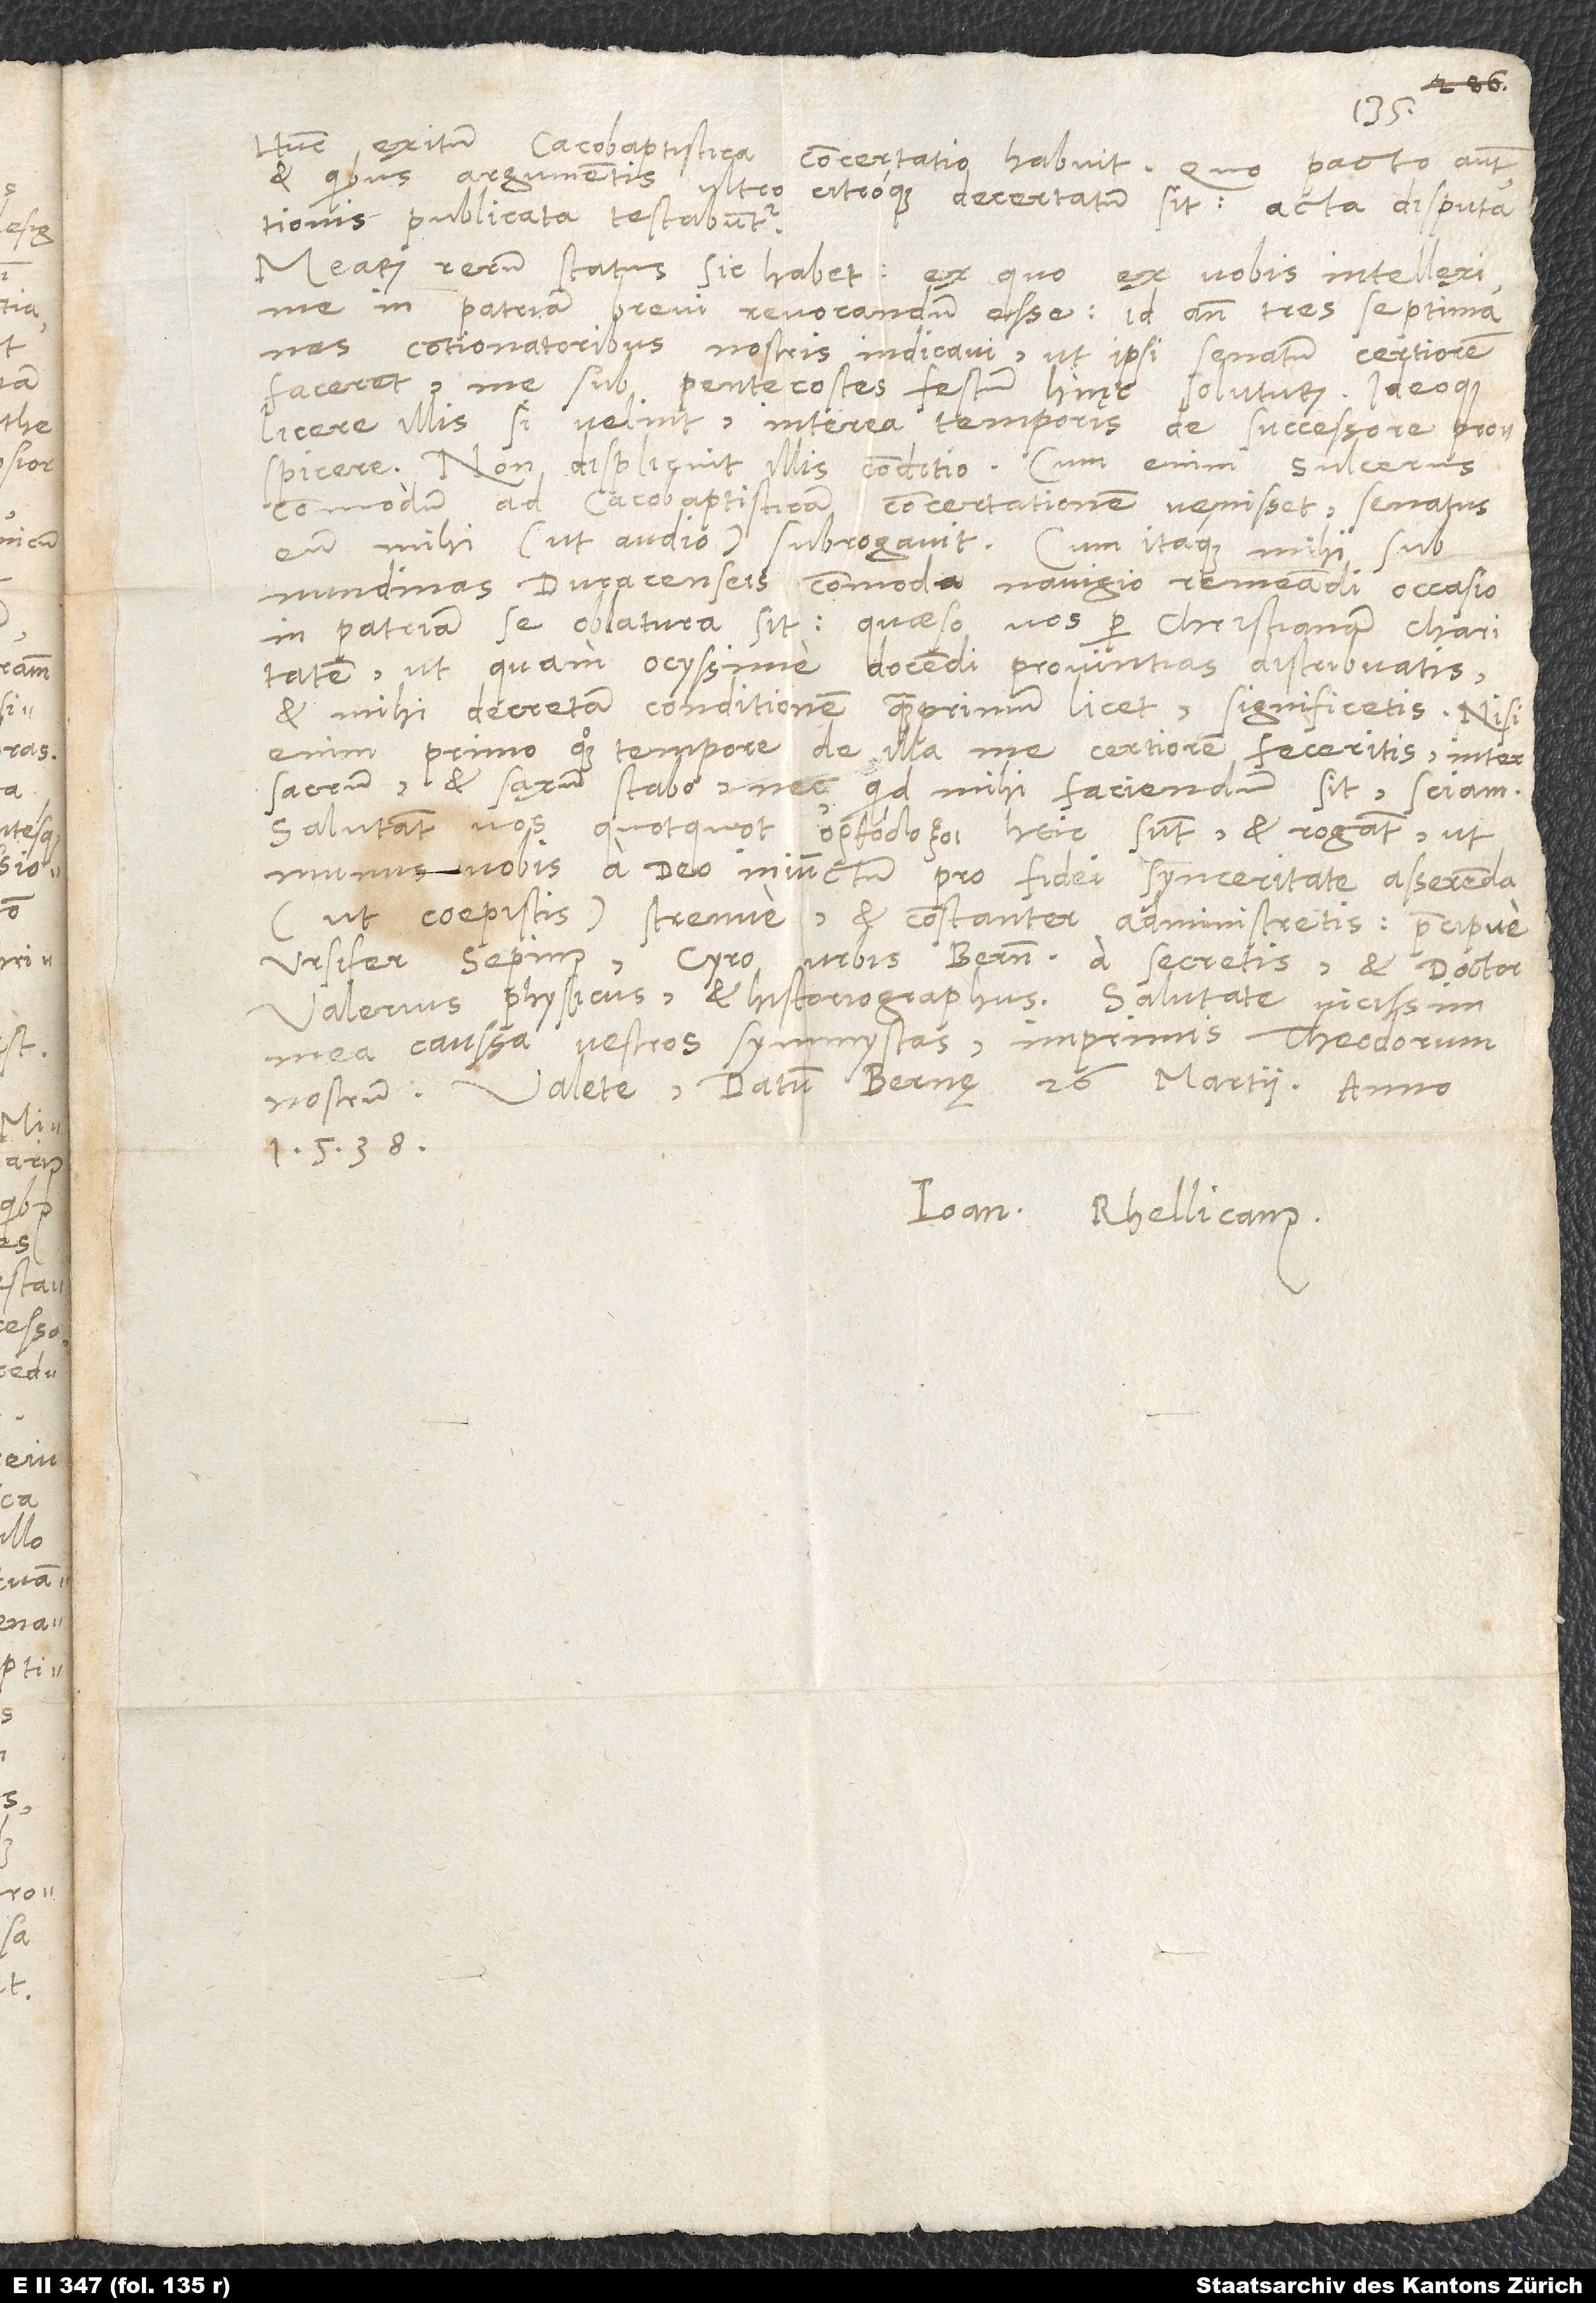
Hunc exitum cacobaptistica concertatio habuit. Quo pacto autem
et quibus argumentis ultro citroque decertatum sit, acta disputationis
publicata testabuntur.
Mearum rerum status sic habet: Ex quo ex vobis intellexi
me in patriam brevi revocandum esse, id ante tres septimanas
contionatoribus nostris indicavi, ut ipsi senatum certiorem
facerent me sub pentecostes festum hinc soluturum. Ideoque
licere illis, si velint, interea temporis de successore prospicere.
Non displicuit illis conditio; cum enim Sulcerus
commodum ad cacobaptisticam concertationem venisset, senatus
eum mihi (ut audio) subrogavit. Cum itaque mihi sub
nundinas Duracenseis commoda navigio remeandi occasio
in patriam se oblatura sit, quaeso vos per christianam charitatem,
ut quam ocyssime docendi provintias distribuatis
et mihi decretam conditionem, quamprimum licet, significetis. Nisi
enim primo quoque tempore de illa me certiorem feceritis, inter
sacrum et saxum stabo nec, quid mihi faciendum sit, sciam.
Salutant vos, quotquot heic sunt, et rogant, ut
munus vobis a deo iniunctum pro fidei synceritate asserenda
(ut coepistis) strenue et constanter administretis, praecipue
ursifer Sepinus, Cyro, urbis Bernensis a secretis, et doctor
Valerius, physicus et historiographus. Salutate vicissim
mea caussa vestros symmystas, imprimis Theodorum
nostrum. Valete. Datum Bernę, 26. martii anno
1538.
Ioan. Rhellicanus.